Vaccine operations Central Provinces 1900-1911 - 1900-1911
Year: 1900
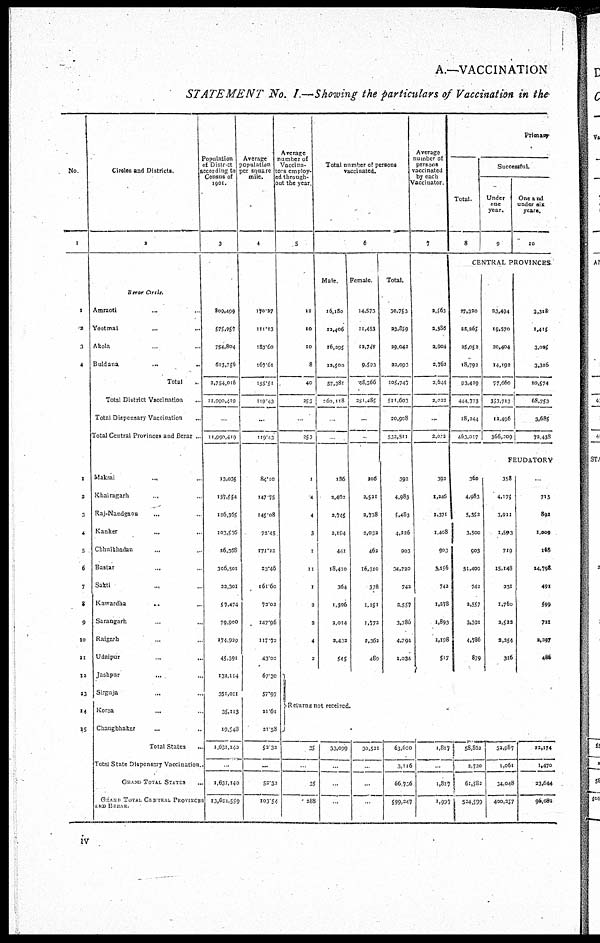
A.—VACCINATION
STATEMENT No. I.—Showing the particulars of Vaccination in the
No.
1
1
2
3
4
1
2
3
4
5
6
7
8
9
10
11
12
13
14
15
Circles and Districts.
2
Berar Circls.
Amraotl ... ...
Yeotmal ... ...
Akola ... ...
Buldana...
...
Total ...
Total District Vaccination ...
Total Dispensary Vaccination ...
Total Central Provinces and Berar .
Makrai
...
...
Khairagarh
...
Raj-Nandgaon ...
Kanker ...
Chhuikhadan
...
Bastar ...
Sakti ...
Kawardha ...
Sarangarh ...
Raigarh ...
Udaipur ...
Jashpur ...
Sirguja ...
Korea
...
Changbhakar ...
Total States ...
Total State Dispensary Vaccination.
GRAND TOTAL STATES ...
GRAND TOTAL CENTRAL PROVINCES
AND BERAR
Population
of District
according to
Census of
1901.
3
809,499
575,957
754,804
613,756
3,754,016
11,990,419
...
11,990,419
13,035
137,554
126,365
103,536
26,368
306,501
93,301
57,474
79,900
174,929
45,391
132,114
351,011
35,113
19,548
1,631,140
...
1,631,140
13,621,559
Average
population
per square
mile.
4
170.27
111.13
183.60
167.61
155.51
119.43
...
119.43
84.10
147.75
145.08
72.45
171.22
23.46
161.60
73.02
147.96
117.73
43.02
67.30
57.97
21.61
21.58
52.32
...
52.32
103,54
Average
number of
Vaccina-
tors employ-
ed through-
out the year
5
12
10
10
8
40
253
...
253
1
4
4
3
1
11
1
2
2
4
2
Total number of persons
vaccinated.
6
Male.
16,180
12,406
16,395
12,500
57,381
260,118
...
...
186
2,402
2,745
2,194
441
18,410
364
1,306
3,014
2,432
545
Female.
14,573
11,453
12,747
9,593
48,366
251,485
...
...
205
2,521
2,738
2,032
462
16,310
378
1,251
1,772
2,362
489
Total.
30,750
23,859
29,042
22,093
105,747
511,603
20,908
533,511
392
4,983
5,483
4,226
903
34,720
742
3,557
3,786
4,794
1,034
Average
number of
persons
vaccinated
by each
Vaccinator
7
2,563
2,386
2,904
2,762
2,644
2,022
...
2,022
392
1,246
1,371
1,408
903
3,156
742
1,278
1,893
1,198
507
Primary
Total.
8
Successful.
Under
one
year.
9
One and
under six
years.
10
CENTRAL PROVINCES.
27,320
23,263
25,052
18,792
93,429
444,773
18,244
463,017
23,494
19,570
20,404
14,192
77,660
353,713
12,496
366,209
3,318
1,415
3,005
3,316
10,574
68,753
3,685
72,438
FEUDATORY
360
4,983
5,352
3,500
903
31,409
742
2,557
3,391
4,786
879
358
4,175
3,911
1,593
719
15,148
331
1,760
2,522
2,254
316
713
892
1,009
165
14,798
491
599
721
2,297
486
Returns not received.
35
...
35
288
33,099
...
...
...
30,521
...
...
...
63,620
3,116
66,706
599,247
1,817
...
1,817
1,997
58,862
2,720
61,582
524,599
32,987
1,061
34,048
400,257
22,174
1,470
23,644
96,082
iv